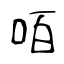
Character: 咟